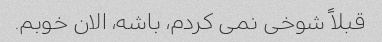
قبلاً شوخی نمی کردم، باشه، الان خوبم.